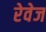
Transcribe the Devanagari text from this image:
रेवेज